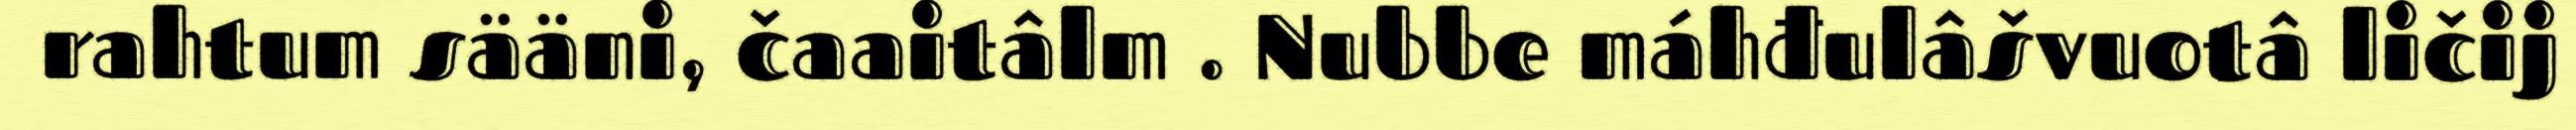
rahtum sääni, čaaitâlm . Nubbe máhđulâšvuotâ ličij